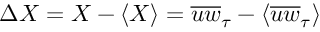
{ \mit \Delta } X = X - \langle X \rangle = \overline { { u w } } _ { \tau } - \langle \overline { { u w } } _ { \tau } \rangle